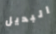
البديل